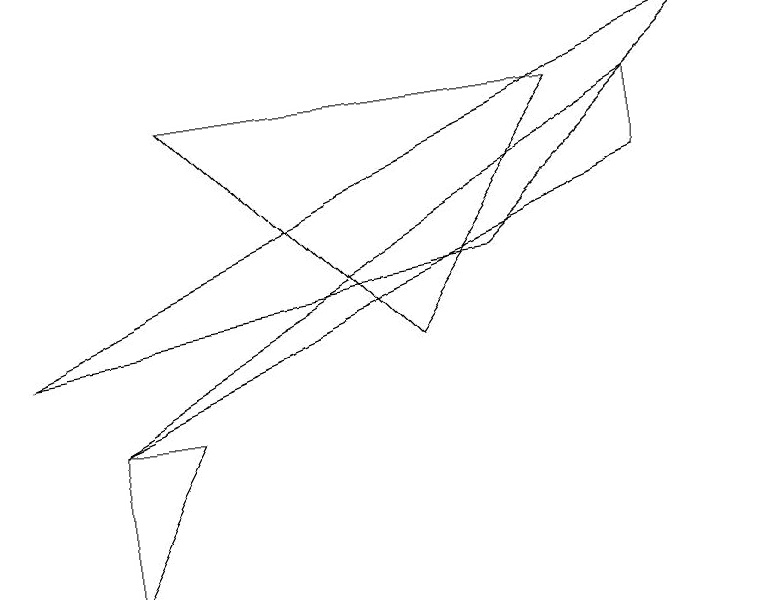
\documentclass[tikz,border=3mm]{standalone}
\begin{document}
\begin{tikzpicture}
\draw (2,4) -- (1,4) -- (1,2) -- cycle;
\draw (0,5) -- (9,9) -- (6,6) -- cycle;
\draw (8,8) -- (8,7) -- (1,4) -- cycle;
\draw (2,8) -- (5,5) -- (7,8) -- cycle;
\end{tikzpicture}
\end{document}